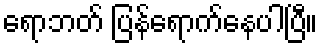
ရောဘတ် ပြန်ရောက်နေပါပြီ။